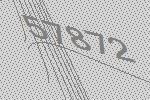
57872